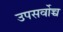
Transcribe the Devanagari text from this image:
उपसर्वोच्च